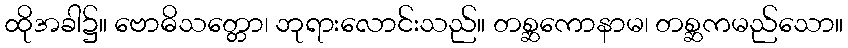
ထိုအခါ၌။ ဗောဓိသတ္တော၊ ဘုရားလောင်းသည်။ တစ္ဆကောနာမ၊ တစ္ဆကမည်သော။